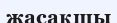
жасақшы